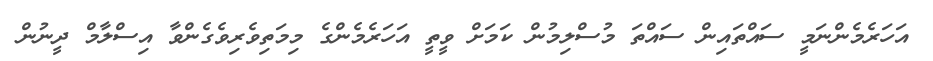
އަހަރެމެންނަމީ ސައްތައިން ސައްތަ މުސްލިމުން ކަމަށް ވީތީ އަހަރެމެންގެ މިމަތިވެރިވެގެންވާ އިސްލާމް ދީނުން